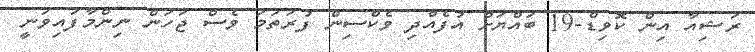
ރަޝިއާ އިން ކޮވިޑް-19 ބައްޔަށް އުފެއްދި ވެކްސިން ފުރަތަމަ ވެސް ޖަހަން ނިންމާފައިވަނީ